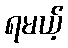
ရမယ့်